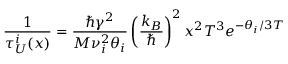
\frac { 1 } { \tau _ { U } ^ { i } ( x ) } = \frac { \hbar \gamma ^ { 2 } } { M \nu _ { i } ^ { 2 } \theta _ { i } } \left( \frac { k _ { B } } { \hbar } \right) ^ { 2 } x ^ { 2 } T ^ { 3 } e ^ { - \theta _ { i } / 3 T }